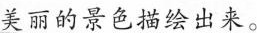
美丽的景色描绘出来。